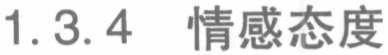
1.3.4 情感态度